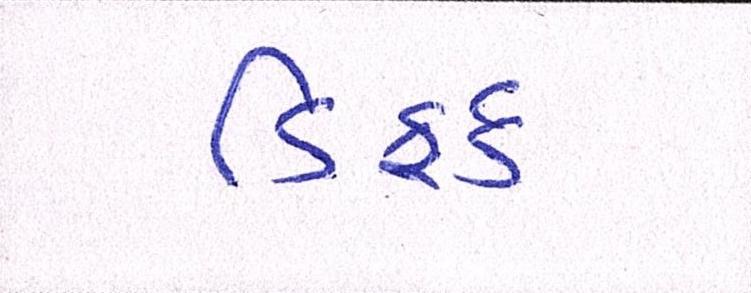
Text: ડિફર્ડ